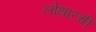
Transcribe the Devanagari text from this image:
लोथारची